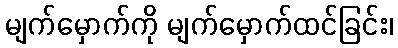
မျက်မှောက်ကို မျက်မှောက်ထင်ခြင်း၊